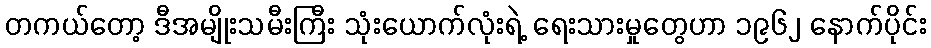
တကယ်တော့ ဒီအမျိုးသမီးကြီး သုံးယောက်လုံးရဲ့ ရေးသားမှုတွေဟာ ၁၉၆၂ နောက်ပိုင်း